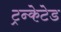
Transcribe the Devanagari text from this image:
ट्रन्केटेड